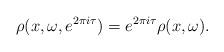
LaTeX: \begin{align*}\rho(x,\omega,e^{2 \pi i \tau}) = e^{2 \pi i \tau} \rho(x, \omega) .\end{align*}